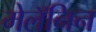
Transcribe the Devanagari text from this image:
मेलॅनिन